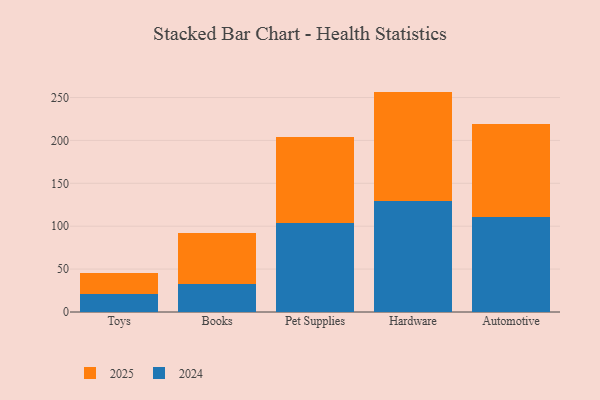
{"axis": {"x": "Category", "y": "Page Views"}, "legend": ["2024", "2025"], "data": [{"x": "Toys", "y": 21.0, "type": "2024"}, {"x": "Toys", "y": 24.6, "type": "2025"}, {"x": "Books", "y": 33.1, "type": "2024"}, {"x": "Books", "y": 58.8, "type": "2025"}, {"x": "Pet Supplies", "y": 103.7, "type": "2024"}, {"x": "Pet Supplies", "y": 100.2, "type": "2025"}, {"x": "Hardware", "y": 129.8, "type": "2024"}, {"x": "Hardware", "y": 127.1, "type": "2025"}, {"x": "Automotive", "y": 110.6, "type": "2024"}, {"x": "Automotive", "y": 108.0, "type": "2025"}]}